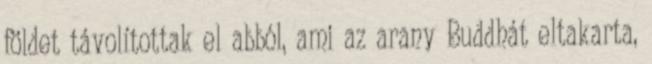
földet távolítottak el abból, ami az arany Buddhát eltakarta,